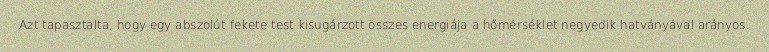
Azt tapasztalta, hogy egy abszolút fekete test kisugárzott összes energiája a hőmérséklet negyedik hatványával arányos.